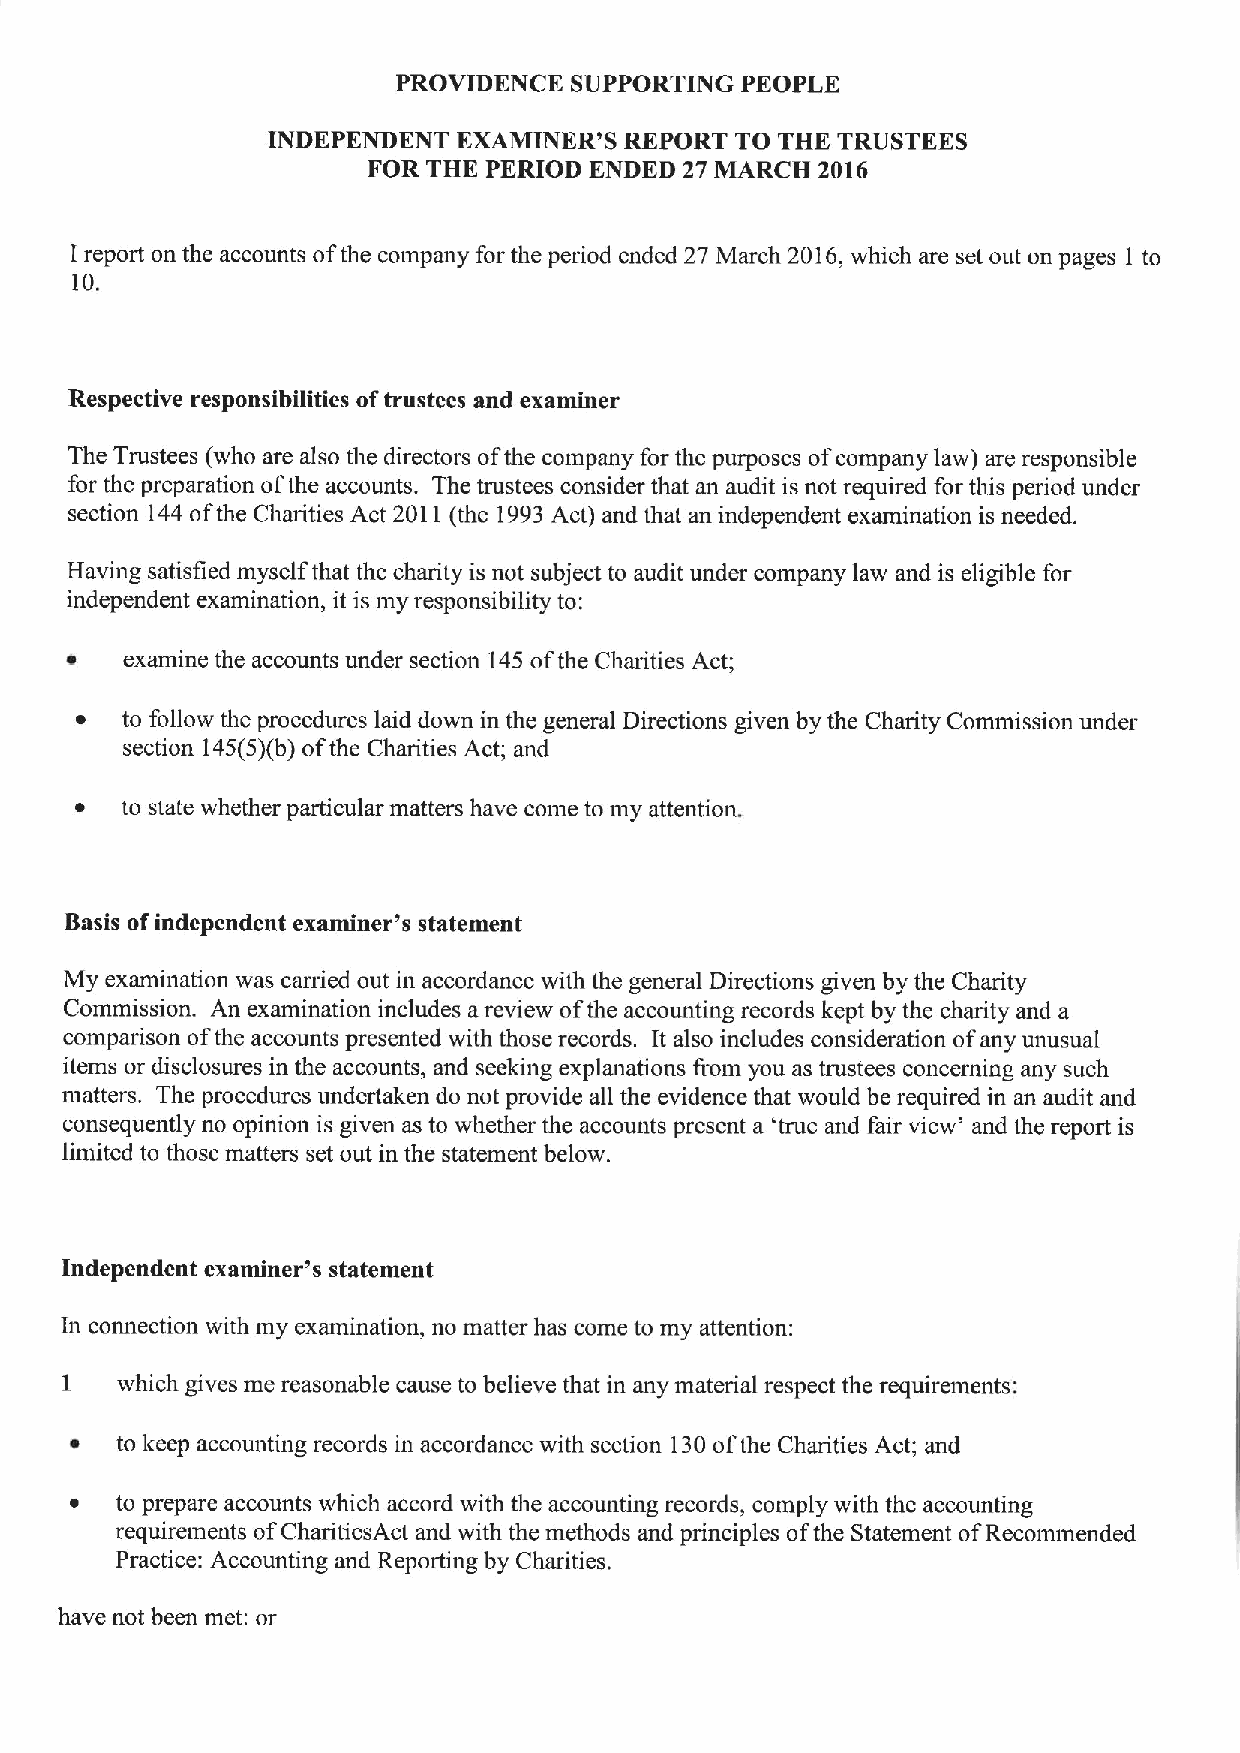
PROVIDENCE  SUPPORTING PEOPLE
 INDEPENDENT EXAMINER'S REPORT  TO THE TRUSTEES
 FOR THE PERIOD ENDED 27 MARCH 2016
 I report on the accounts ofthe company for the period ended 27 March 2016,which are set out on pages 1 to
 10.
 Respective responsibilities oftrustees and examiner
 The Trustees (who are also the directors ofthe company for the purposes ofcompany law) are responsible
 for the preparation ofthe accounts. The trustees consider that an audit is not required for this period under
 section 144ofthe Charities Act 2011(the 1993Act) and that an independent examination is needed.
 Having satisfied myself that the charity is not subject to audit under company law and is eligible for
 independent examination, it is my responsibility to:
 ~   examine the accounts under section 145ofthe Charities Act;
 ~  to follow the procedures laid down in the general Directions given by the Charity Commission under
 section 145(5)(b)ofthe Charities Act; and
 ~  to state whether particular matters have come to my attention.
 Basis ofindependent examiner's statement
 My examination was carried out in accordance with the general Directions given by the Charity
 Commission. An examination includes areview ofthe accounting records kept by the charity and a
 comparison ofthe accounts presented with those records. It also includes consideration of any unusual
 items or disclosures in the accounts, and seeking explanations from you as trustees concerning any such
 matters. The procedures undertaken do not provide all the evidence that would be required in an audit and
 consequently no opinion is given as to whether the accounts present a 'true and fair view' and the report is
 limited to those inatters set out in the statement below.
 Independent examiner's statement
 In connection with my examination, no matter has come to iny attention:
 I
 which gives me reasonable cause to believe that in any material respect the requirements:
 ~  to keep accounting records in accordance with section 130ofthe Charities Act; and
 ~  to prepare accounts which accord with the accounting records, comply with the accounting
 requirements ofCharitiesAct and with the methods and principles ofthe Statement ofRecommended
 Practice: Accounting and Reporting by Charities.
 have not been met: or